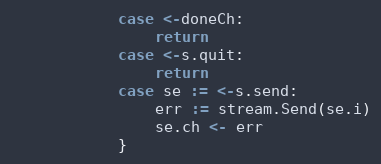
Language: Go
			case <-doneCh:
				return
			case <-s.quit:
				return
			case se := <-s.send:
				err := stream.Send(se.i)
				se.ch <- err
			}